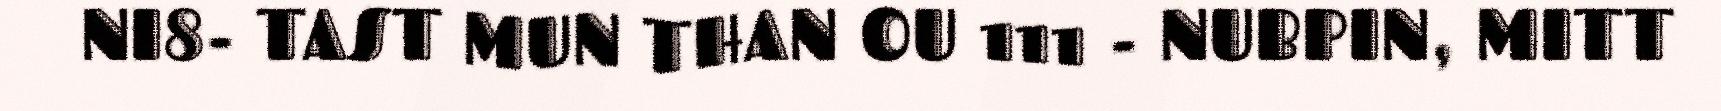
NI8- TAST MUN THAN OU 111 - NUBPIN, MITT